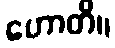
ဟောတိ။